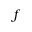
f